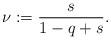
LaTeX: \begin{align*}\nu:=\frac{s}{1-q+s}.\end{align*}